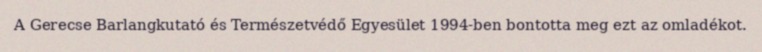
A Gerecse Barlangkutató és Természetvédő Egyesület 1994-ben bontotta meg ezt az omladékot.